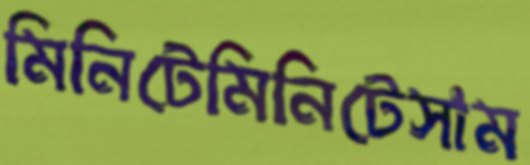
মিনিটেমিনিটেসাম